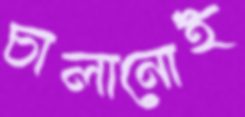
চালানোই